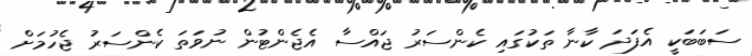
ސަބަބަކީ އެފަދަ ކާނާ ތަކުގައި ކެންސަރު ޖައްސާ އެޖެންޓުން ނުވަތަ ކެންސަރު ޖެހުމަށް